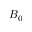
B _ { 0 }